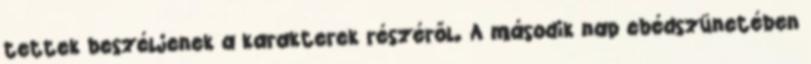
tettek beszéljenek a karakterek részéről. A második nap ebédszünetében